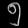
Digit: ၅